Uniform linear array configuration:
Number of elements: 48
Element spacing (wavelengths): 1
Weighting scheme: uniform
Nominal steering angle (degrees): -45
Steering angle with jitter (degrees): -46.879
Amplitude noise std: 0.05
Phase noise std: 0.05

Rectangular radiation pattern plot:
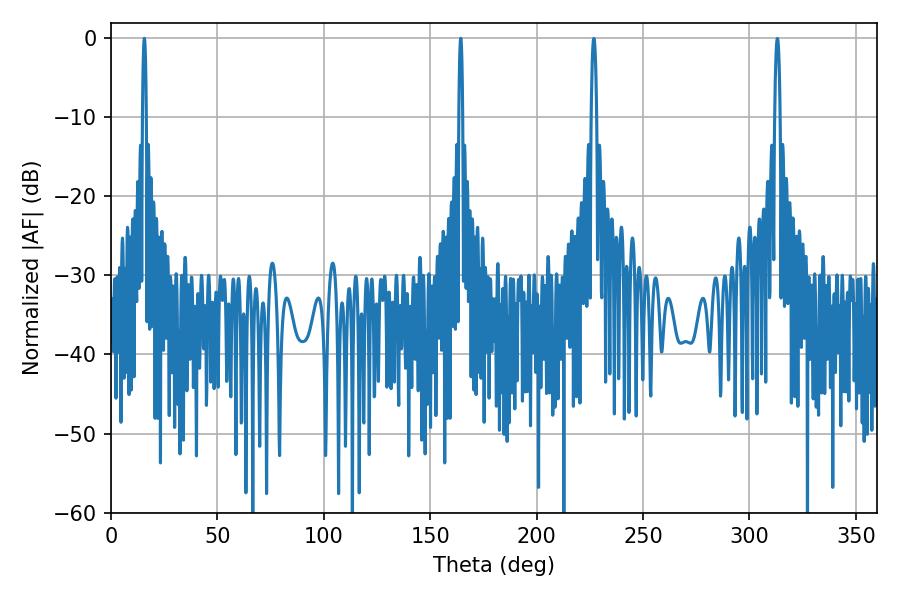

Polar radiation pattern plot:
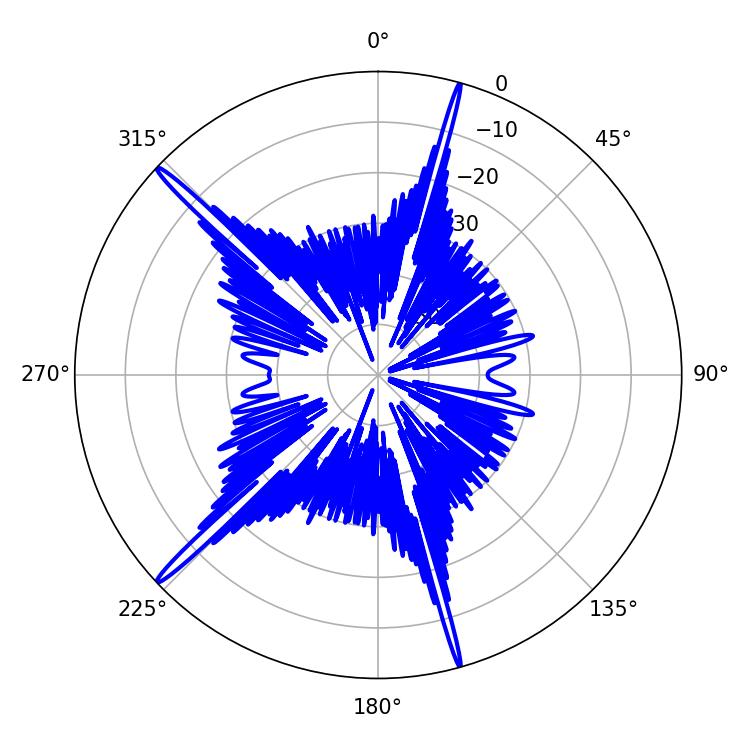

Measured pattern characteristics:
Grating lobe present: TRUE
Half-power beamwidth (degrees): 0.9
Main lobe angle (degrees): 15.66